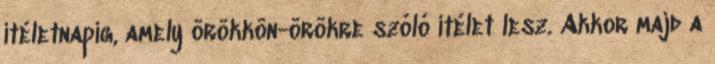
ítéletnapig, amely örökkön-örökre szóló ítélet lesz. Akkor majd a